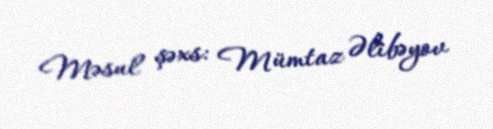
Məsul şəxs: Mümtaz Əlibəyov